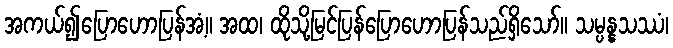
အကယ်၍ပြောဟောပြန်အံ့။ အထ၊ ထိုသို့မြင်ပြန်ပြောဟောပြန်သည်ရှိသော်။ သမ္ပန္နသဿံ၊